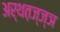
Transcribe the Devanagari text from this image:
अर्थत़ज्ज्ञ